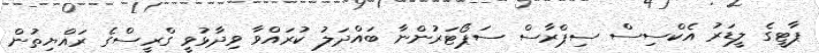
ޕާޓީގެ ލީޑަރު އެކްސިސް ސިޕްރާސް ސަޕޯޓަރުންނާ ބައްދަލު ކުރައްވާ ވިދާޅުވީ ގްރީސްގެ ރައްޔިތުން